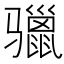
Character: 𩨐